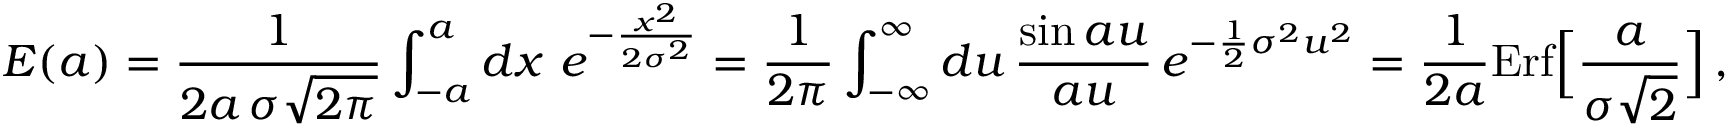
E ( a ) = { \frac { 1 } { 2 a \, \sigma \sqrt { 2 \pi } } } \int _ { - a } ^ { a } d x \ e ^ { - { \frac { x ^ { 2 } } { 2 \sigma ^ { 2 } } } } = { \frac { 1 } { 2 \pi } } \int _ { - \infty } ^ { \infty } d u \, { \frac { \sin a u } { a u } } \, e ^ { - { \frac { 1 } { 2 } } \sigma ^ { 2 } u ^ { 2 } } = { \frac { 1 } { 2 a } } \mathrm { E r f } \Big [ { \frac { a } { \sigma \sqrt 2 } } \Big ] \, ,